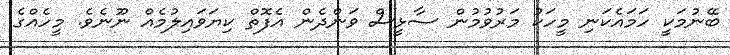
ބޭނުމަކީ ހަމައެކަނި މީހަކު މަރުވުމުން ސާޅީސް ވަންދެން އެފޮތް ކިޔަވައިލުމެއް ނޫނެވެ. މީހެއްގެ